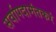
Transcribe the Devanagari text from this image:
सर्वापदामंतकरं